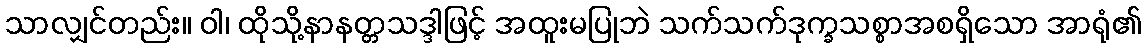
သာလျှင်တည်း။ ဝါ၊ ထိုသို့နာနတ္တသဒ္ဒါဖြင့် အထူးမပြုဘဲ သက်သက်ဒုက္ခသစ္စာအစရှိသော အာရုံ၏